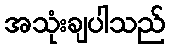
အသုံးချပါသည်